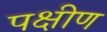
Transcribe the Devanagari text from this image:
पक्षीण